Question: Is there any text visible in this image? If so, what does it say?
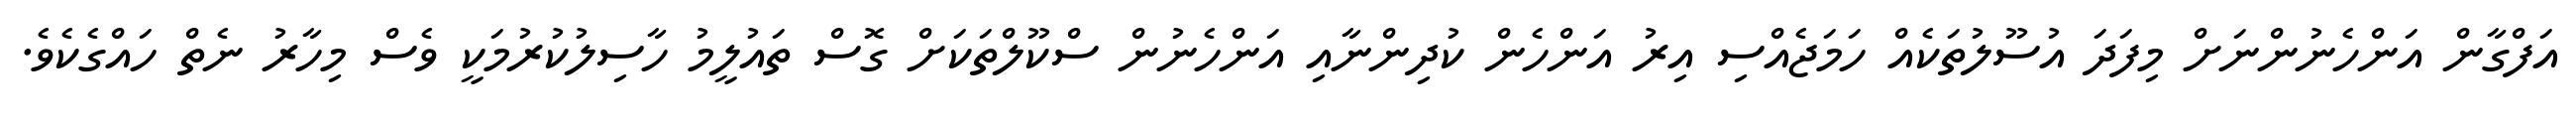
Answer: އަފްގާން އަންހެނުންނަށް މިފަދަ އުސޫލުތަކެއް ހަމަޖެއްސި އިރު އަންހެން ކުދިންނާއި އަންހެނުން ސްކޫލްތަކަށް ގޮސް ތައުލީމު ހާސިލުކުރުމަކީ ވެސް މިހާރު ނެތް ހައްގެކެވެ.